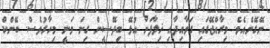
ނޭގޭނެއެވެ. މިރާއްޖޭގައި ގަވާއިދާއި ޚިލާފަށް އުޅޭ ބިދޭސީން ގިނަ ވަނީ މިހާރުވެސް. ބޭންކް